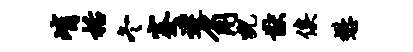
峭栝冬蹇迟角猊猷俟懋